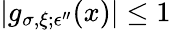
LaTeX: |g_{\sigma,\xi;\epsilon^{\prime\prime}}(x)|\le 1